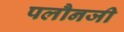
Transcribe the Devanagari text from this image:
पलौनजी